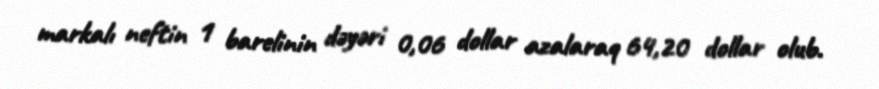
markalı neftin 1 barelinin dəyəri 0,06 dollar azalaraq 64,20 dollar olub.